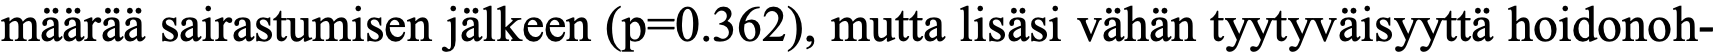
määrää sairastumisen jälkeen (p=0.362), mutta lisäsi vähän tyytyväisyyttä hoidonoh-